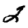
Digit: 2